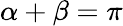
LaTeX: \alpha+\beta=\pi